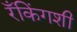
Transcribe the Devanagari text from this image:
रँकिंगशी